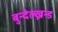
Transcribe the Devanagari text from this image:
बुन्देल्ख्नन्ड